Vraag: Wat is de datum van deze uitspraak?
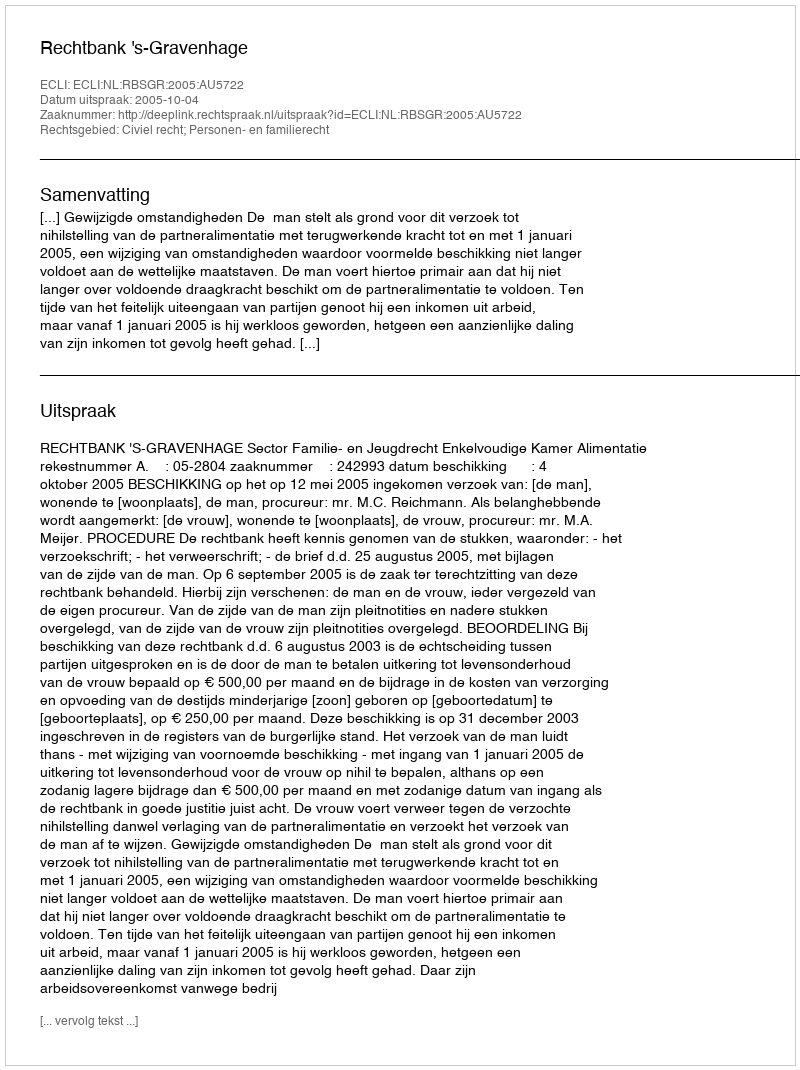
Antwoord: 2005-10-04